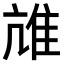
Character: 𨾒